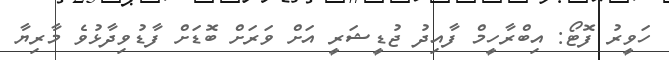
ހަވީރު ފޮޓޯ: އިބްރާހީމް ފާއިދު ޖުޑީޝަރީ އަށް ވަރަށް ބޮޑަށް ފާޑުވިދާޅުވެ މާރިޔާ